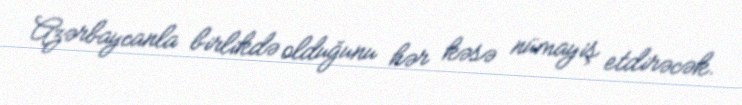
Azərbaycanla birlikdə olduğunu hər kəsə nümayiş etdirəcək.